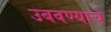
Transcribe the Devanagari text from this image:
उबवण्याचे